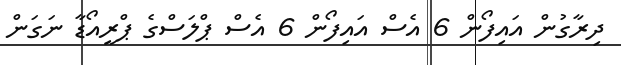
ދިރާގުން އައިފޯން 6 އެސް އައިފޯން 6 އެސް ޕްލަސްގެ ޕްރީއޯޑާ ނަގަން